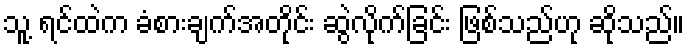
သူ့ ရင်ထဲက ခံစားချက်အတိုင်း ဆွဲလိုက်ခြင်း ဖြစ်သည်ဟု ဆိုသည်။